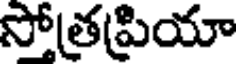
సోత్రప్రియా